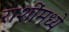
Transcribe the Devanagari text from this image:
राशींमध्ये